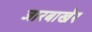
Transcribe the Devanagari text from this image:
जारबाखेर